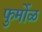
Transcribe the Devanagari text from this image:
फुर्मोळ